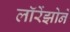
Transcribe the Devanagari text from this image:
लॉरेंझोने